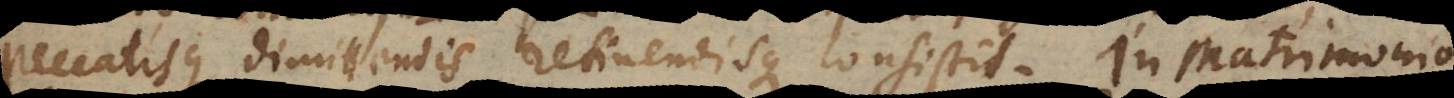
peccatisque dimittendis retinendisque consistit. In Matrimonio